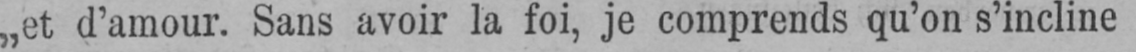
„et d’amour. Sans avoir la foi, je comprends qu’on s’incline